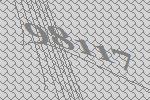
98117